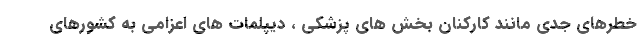
خطرهای جدی مانند کارکنان بخش های پزشکی ، دیپلمات های اعزامی به کشورهای